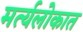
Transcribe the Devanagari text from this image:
मर्त्यलोकात